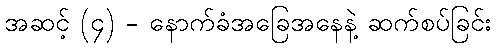
အဆင့် (၄) - နောက်ခံအခြေအနေနဲ့ ဆက်စပ်ခြင်း